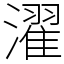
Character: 濯